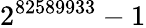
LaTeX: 2^{82589933}-1